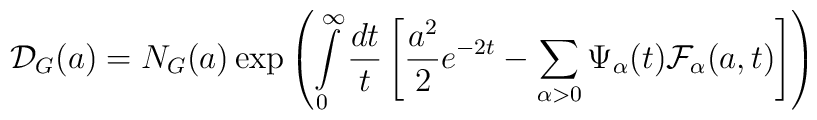
\mathcal{D}_{G}(a)=N_{G}(a)\exp \left( \int\limits_{0}^{\infty }\frac{dt}{t}\left[ \frac{a^{2}}{2}e^{-2t}-\sum_{\alpha >0}\Psi _{\alpha }(t)\mathcal{F}_{\alpha }(a,t)\right] \right)